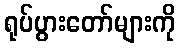
ရုပ်ပွားတော်များကို